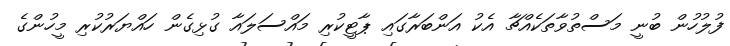
ފުލުހުން ބުނީ މަސްތުވާތަކެއްޗާ އެކު އަންބަރާގައި ޕާޓީކުރި މައްސަލައާ ގުޅިގެން ހައްޔަރުކުރި މީހުންގެ